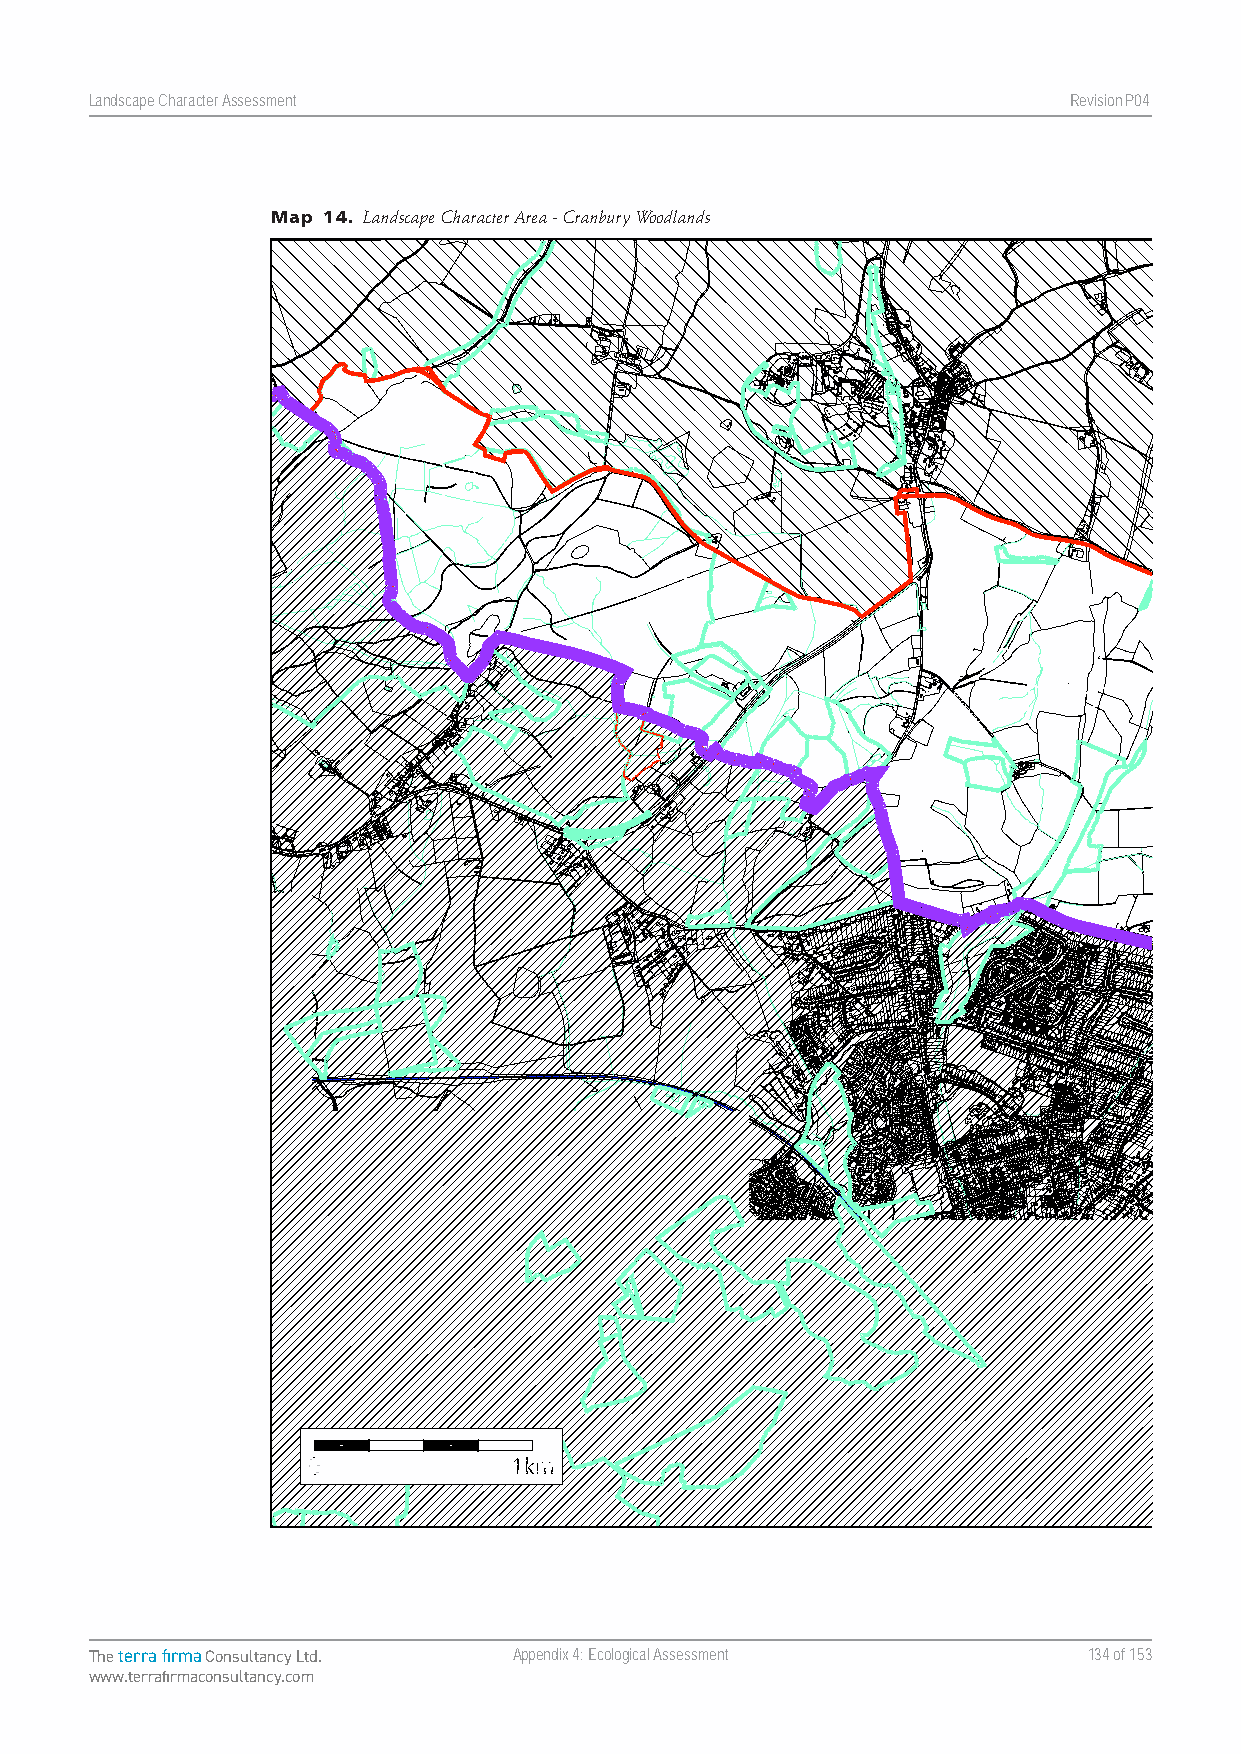
Landscape Character Assessment                                   RevisionP047
 Map 14. Landscape Character Area - Cranbury Woodlands
 Landscape Character Assessment Appendix Four  Winchester City Council
 The terra firma Consultancy Ltd. Appendix 4: Ecological Assessment 134 of 153
 www.terrafirmaconsultancy.com